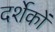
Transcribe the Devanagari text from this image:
दर्शेकों